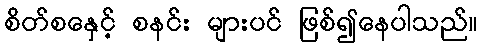
စိတ်စနှေင့် စနင်း များပင် ဖြစ်၍နေပါသည်။